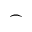
\frown